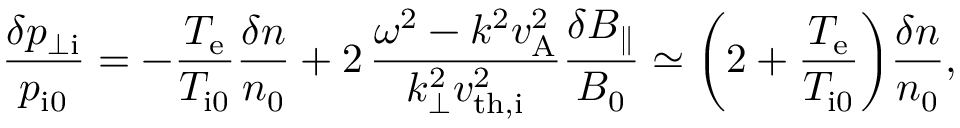
\frac { \delta p _ { \perp \mathrm { i } } } { p _ { \mathrm { i 0 } } } = - \frac { T _ { \mathrm { e } } } { T _ { \mathrm { i 0 } } } \frac { \delta n } { n _ { 0 } } + 2 \, \frac { \omega ^ { 2 } - k ^ { 2 } v _ { \mathrm { A } } ^ { 2 } } { k _ { \perp } ^ { 2 } v _ { \mathrm { t h , i } } ^ { 2 } } \frac { \delta B _ { \parallel } } { B _ { 0 } } \simeq \biggl ( 2 + \frac { T _ { \mathrm { e } } } { T _ { \mathrm { i 0 } } } \biggr ) \frac { \delta n } { n _ { 0 } } ,